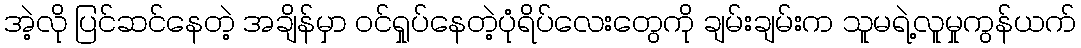
အဲ့လို ပြင်ဆင်နေတဲ့ အချိန်မှာ ဝင်ရှုပ်နေတဲ့ပုံရိပ်လေးတွေကို ချမ်းချမ်းက သူမရဲ့လူမှုကွန်ယက်